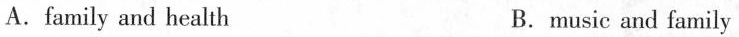
A.family and health B.music and family